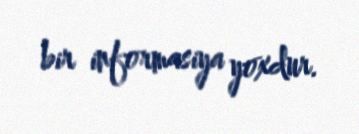
bir informasiya yoxdur.